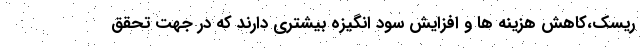
ریسک،کاهش هزینه ها و افزایش سود انگیزه بیشتری دارند که در جهت تحقق